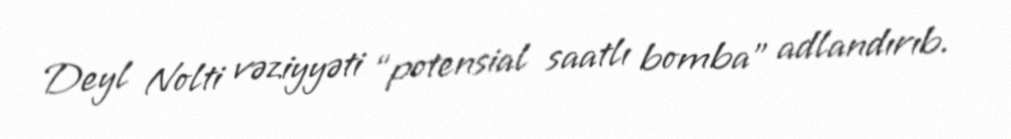
Deyl Nolti vəziyyəti “potensial saatlı bomba” adlandırıb.